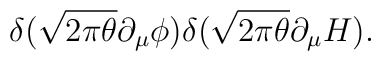
\delta(\sqrt{2\pi\theta}\partial_{\mu}\phi)  \delta(\sqrt{2\pi\theta}\partial_{\mu}H).